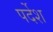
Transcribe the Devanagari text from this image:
पर्देश